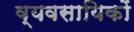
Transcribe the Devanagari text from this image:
व्यवसायिकों